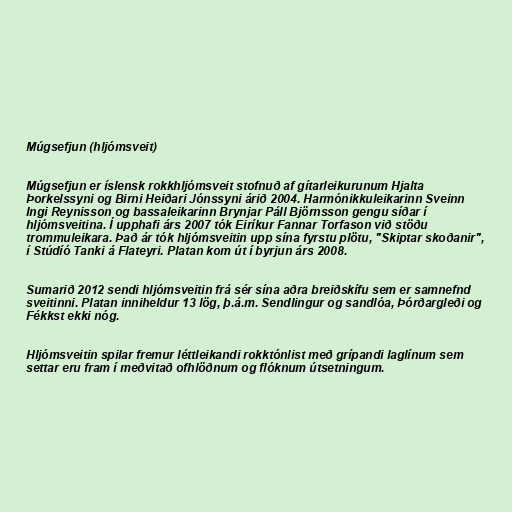
Múgsefjun (hljómsveit)

Múgsefjun er íslensk rokkhljómsveit stofnuð af gítarleikurunum Hjalta
Þorkelssyni og Birni Heiðari Jónssyni árið 2004. Harmónikkuleikarinn Sveinn
Ingi Reynisson og bassaleikarinn Brynjar Páll Björnsson gengu síðar í
hljómsveitina. Í upphafi árs 2007 tók Eiríkur Fannar Torfason við stöðu
trommuleikara. Það ár tók hljómsveitin upp sína fyrstu plötu, "Skiptar skoðanir",
í Stúdíó Tanki á Flateyri. Platan kom út í byrjun árs 2008.

Sumarið 2012 sendi hljómsveitin frá sér sína aðra breiðskífu sem er samnefnd
sveitinni. Platan inniheldur 13 lög, þ.á.m. Sendlingur og sandlóa, Þórðargleði og
Fékkst ekki nóg.

Hljómsveitin spilar fremur léttleikandi rokktónlist með grípandi laglínum sem
settar eru fram í meðvitað ofhlöðnum og flóknum útsetningum.